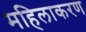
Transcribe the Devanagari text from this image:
महिलाकरण